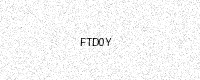
Text: FTD0Y